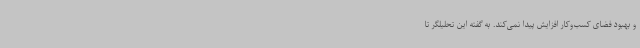
و بهبود فضای کسب‌وکار افزایش پیدا نمی‌کند. به گفته این تحلیلگر تا